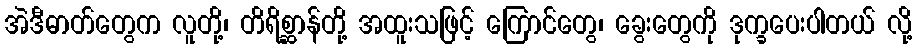
အဲဒီဓာတ်တွေက လူတို့၊ တိရိစ္ဆာန်တို့ အထူးသဖြင့် ကြောင်တွေ၊ ခွေးတွေကို ဒုက္ခပေးပါတယ် လို့